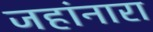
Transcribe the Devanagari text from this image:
जहांनारा